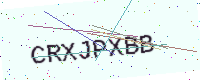
Text: CRXJPXBB